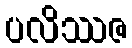
ပလိဿဇ